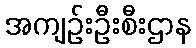
အကျဉ်းဦးစီးဌာန